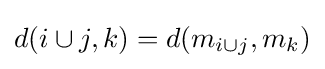
d(i\cup j,k)=d(m_{i\cup j},m_{k})